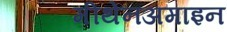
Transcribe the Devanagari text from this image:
मीथेनअमाइन